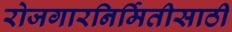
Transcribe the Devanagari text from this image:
रोजगारनिर्मितीसाठी